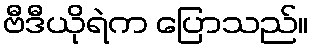
ဗီဒီယိုရဲက ပြောသည်။